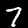
Label: 7